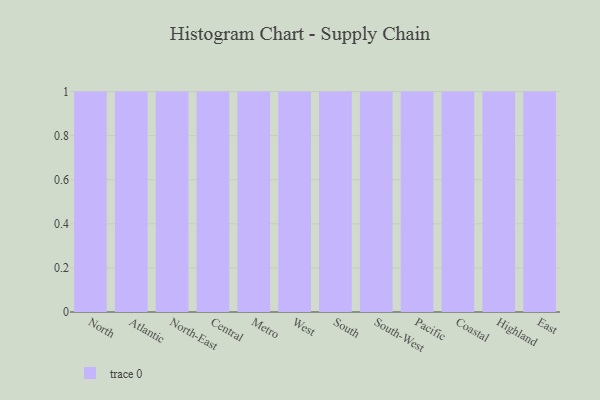
{"axis": {"x": "Region", "y": "Page Views"}, "legend": [""], "data": [{"x": "North", "y": 21, "type": ""}, {"x": "Atlantic", "y": 94, "type": ""}, {"x": "North-East", "y": 50, "type": ""}, {"x": "Central", "y": 33, "type": ""}, {"x": "Metro", "y": 88, "type": ""}, {"x": "West", "y": 77, "type": ""}, {"x": "South", "y": 60, "type": ""}, {"x": "South-West", "y": 77, "type": ""}, {"x": "Pacific", "y": 45, "type": ""}, {"x": "Coastal", "y": 1, "type": ""}, {"x": "Highland", "y": 78, "type": ""}, {"x": "East", "y": 9, "type": ""}]}